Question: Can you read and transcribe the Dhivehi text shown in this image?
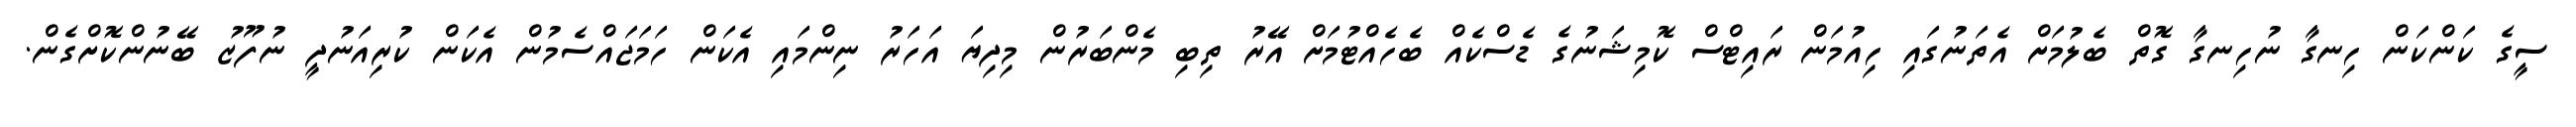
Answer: ސީގެ ކަންކަން ހިނގާ ނުހިނގާ ގޮތް ބެލުމަށް އެތަނުގައި ހިއުމަން ރައިޓްސް ކޮމިޝަނުގެ ޑެސްކެއް ބެހެއްޓުމަށް އޭރު ތިބި މެންބަރުން މިދިޔަ އަހަރު ނިންމައި އެކަން ހަމަޖައްސެމުން އެކަން ކުރިއަނުދީ ނުފޫޒު ބޭނުންކޮށްގެން.